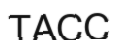
ТАСС